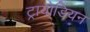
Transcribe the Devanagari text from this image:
ट्रायोडियन